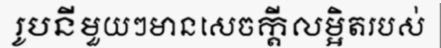
រូបនីមួយៗមានសេចក្តីលម្អិតរបស់